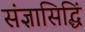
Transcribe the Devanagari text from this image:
संज्ञासिद्धिं